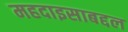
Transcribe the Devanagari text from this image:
महदाइसाबद्दल